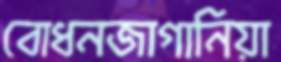
বোধনজাগানিয়া